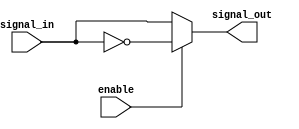
module Combinational_logic_blocks(
    input signal_in,
    input enable,
    output signal_out
);

assign signal_out = enable ? ~signal_in : signal_in;

endmodule